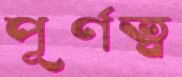
পূর্ণত্ব